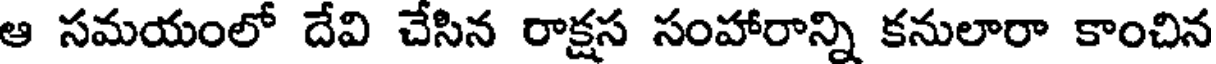
ఆ సమయంలో దేవి చేసిన రాక్షస సంహారాన్ని కనులారా కాంచిన